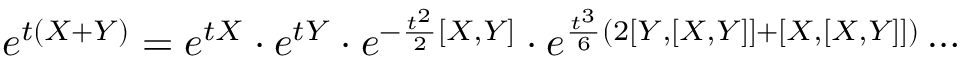
e ^ { t ( X + Y ) } = e ^ { t X } \cdot e ^ { t Y } \cdot e ^ { - \frac { t ^ { 2 } } { 2 } [ X , Y ] } \cdot e ^ { \frac { t ^ { 3 } } { 6 } ( 2 [ Y , [ X , Y ] ] + [ X , [ X , Y ] ] ) } \cdots